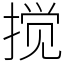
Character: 搅